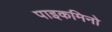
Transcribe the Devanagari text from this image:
पाइकमिनो